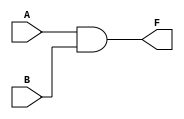
`timescale 1ns / 1ps
//////////////////////////////////////////////////////////////////////////////////
// Company: 
// Engineer: 
// 
// Design Name: 
// Module Name:    AND2gate 
// Project Name: 
// Target Devices: 
// Tool versions: 
// Description: 
//
// Dependencies: 
//
// Revision: 
// Revision 0.01 - File Created
// Additional Comments: 
//
//////////////////////////////////////////////////////////////////////////////////
module AND2gate(A, B, F);

	input A, B;
	output F;
	reg F;
	
	always@(A or B)
	begin
		F <= A & B;
		
	end

endmodule